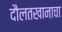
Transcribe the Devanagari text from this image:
दौलतखानाचा